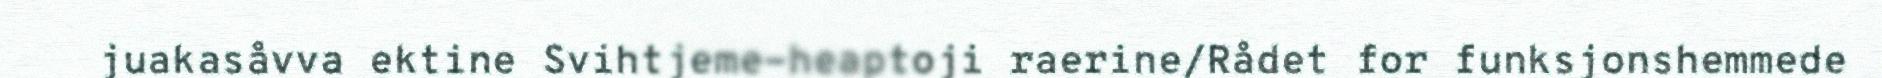
juakasåvva ektine Svihtjeme-heaptoji raerine/Rådet for funksjonshemmede